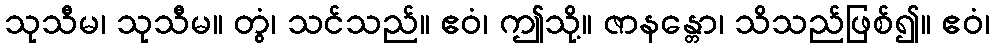
သုသီမ၊ သုသီမ။ တွံ၊ သင်သည်။ ဧဝံ၊ ဤသို့။ ဇာနန္တော၊ သိသည်ဖြစ်၍။ ဧဝံ၊